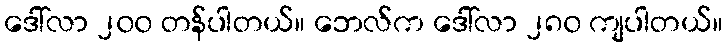
ဒေါ်လာ ၂၀၀ တန်ပါတယ်။ ဘေလ်က ဒေါ်လာ ၂၈၀ ကျပါတယ်။